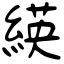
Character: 緓